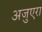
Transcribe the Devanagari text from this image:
अजुएरा